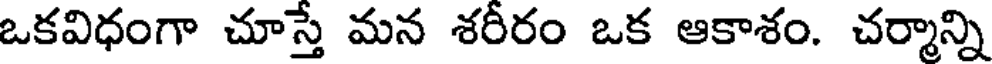
ఒకవిధంగా చూస్తే మన శరీరం ఒక ఆకాశం. చర్మాన్ని